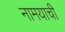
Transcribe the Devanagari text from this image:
नामयाची